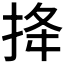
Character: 𢭎